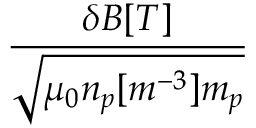
\frac { \delta B [ T ] } { \sqrt { \mu _ { 0 } n _ { p } [ m ^ { - 3 } ] m _ { p } } }